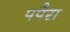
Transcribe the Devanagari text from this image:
पपैरा